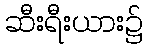
ဆီးရီးယား၌